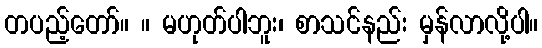
တပည့်တော်။ ။ မဟုတ်ပါဘူး၊ စာသင်နည်း မှန်လာလို့ပါ။